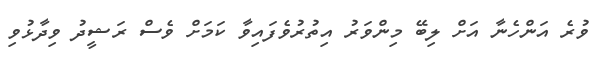
ވުރެ އަންހެނާ އަށް ލިބޭ މިންވަރު އިތުރުވެފައިވާ ކަމަށް ވެސް ރަޝީދު ވިދާޅުވި